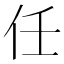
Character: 任